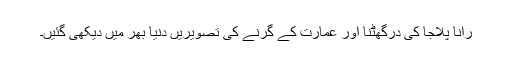
رانا پلاجا کی درگھٹنا اور عمارت کے گرنے کی تصویریں دنیا بھر میں دیکھی گئیں۔